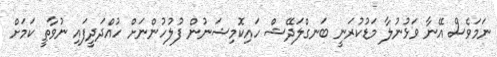
ނަމަވެސް އޭނާ ވަޅުނުލާ މަޑުކުރަނީ ބަނގްލަދޭޝް ހައިކޮމިޝަނުން ފުލުހުންނަށް ހުއްދަދީފައި ނުވާތީ ކަމަށް